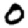
Digit: 0